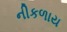
નીકળાય